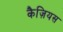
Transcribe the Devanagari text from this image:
कैज़ियस